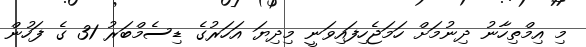
މި އިމްތިހާނު ދިނުމަށް ހަމަޖެހިފައިވަނީ މިދިޔަ އަހަރުގެ ޑިސެމްބަރު 31 ގެ ފަހުން